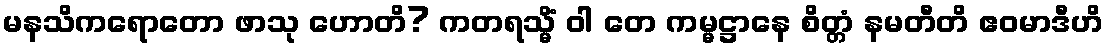
မနသိကရောတော ဖာသု ဟောတိ? ကတရသ္မိံ ဝါ တေ ကမ္မဋ္ဌာနေ စိတ္တံ နမတီတိ ဧဝမာဒီဟိ